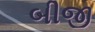
બીજી